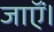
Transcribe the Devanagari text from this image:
जाऍं।